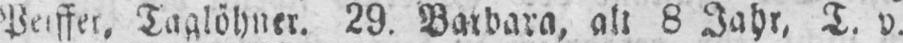
Peiffer, Taglöhner. 29. Barbara, alt 8 Jahr, T. v.